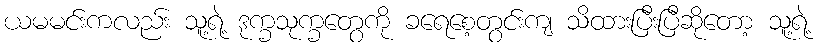
ယမမင်းကလည်း သူ့ရဲ့ ဒုက္ခသုက္ခတွေကို ခရေစေ့တွင်းကျ သိထားပြီးပြီဆိုတော့ သူ့ရဲ့